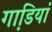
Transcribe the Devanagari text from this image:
गाडि़यां